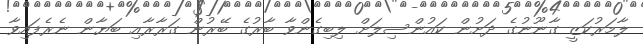
ލާމަރުކަޒީ ގާނޫނުގެ ދަށުން ކައުންސިލަށް ލިބިގެންވާ ބާރުގެ ބޭރުން ގަރާރާއި ބަޔާން ނެރެފައިވާ